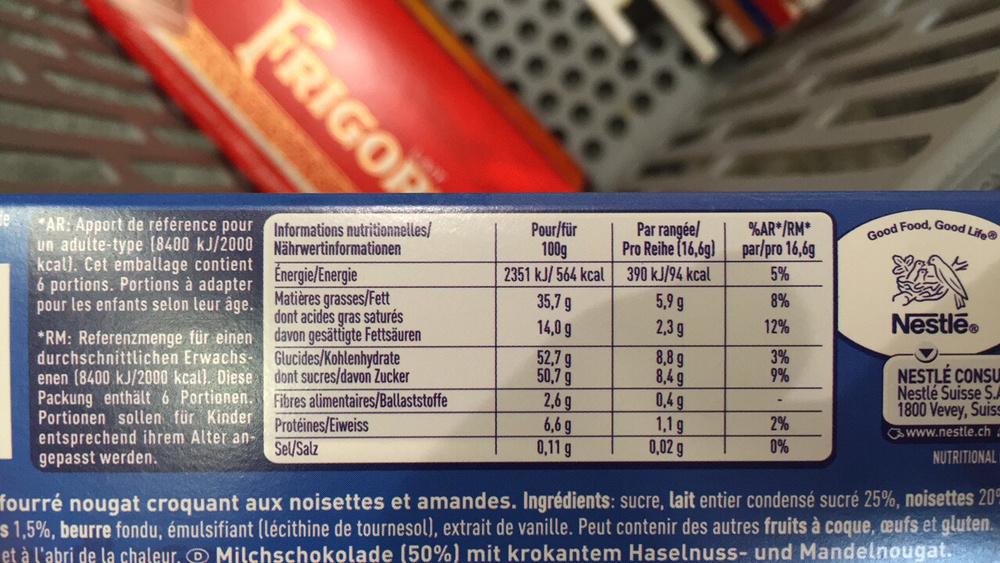
FRIGOP
*AR: Apport de référence pour Informations nutritionnelles/ un adulte-type (8400 kJ/2000 kcal). Cet emballage contient 6 portions. Portions à adapter pour les enfants selon leur âge.
*RM: Referenzmenge für einen durchschnittlichen Erwachsenen (8400 kJ/2000 kcal). Diese Packung enthält 6 Portionen. Portionen sollen für Kinder entsprechend ihrem Alter angepasst werden.
Nährwertinformationen
Énergie/Energie
Matières grasses/Fett dont acides gras saturés davon gesättigte Fettsäuren Glucides/Kohlenhydrate dont sucres/davon Zucker Fibres alimentaires/Ballaststoffe Protéines/Eiweiss Sel/Salz
Pour/für 100g
2351 kJ/ 564 kcal
35,7 g
14,0 g
52,7 g
50,7 g
2,6 g
6,6 g
0,11 g
Par rangée/ Pro Reihe (16,6g)
390 kJ/94 kcal
5,9 g
2,3g
8,8 g
8,4g
0,4g
1,1g
0,02 g
%AR*/RM* par/pro 16,6g
5%
8%
12%
3%
9%
-
2%
0%
Good Food, Good Life
Nestlé®
NESTLÉ CONSU Nestlé Suisse S.A
1800 Vevey, Suiss
www.nestle.cha
NUTRITIONAL
fourré nougat croquant aux noisettes et amandes. Ingrédients: sucre, lait entier condensé sucré 25%, noisettes 20 $1,5%, beurre fondu, émulsifiant (lécithine de tournesol), extrait de vanille. Peut contenir des autres fruits à coque, œufs et gluten. et à l'abri de la chaleur. Milchschokolade (50%) mit krokantem Haselnuss- und Mandelnougat.c